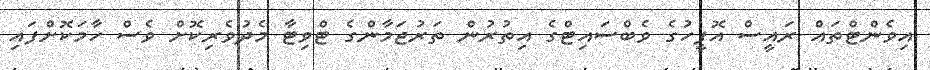
އިވެންޓްތައް ރައީސް އޮފީހުގެ ވެބްސައިޓްގެ އިތުރުން ތަރުޖަމާންގެ ޓްވިޓާ މެދުވެރިކޮށް ވެސް ހާމަކޮށްފައި